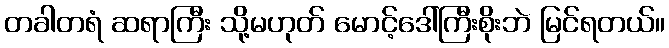
တခါတရံ ဆရာကြီး သို့မဟုတ် မောင့်ဒေါ်ကြီးစိုးဘဲ မြင်ရတယ်။